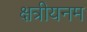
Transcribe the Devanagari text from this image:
क्षत्रीयनम